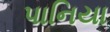
પાનિયા